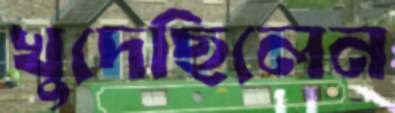
খুদেছিলেন